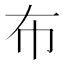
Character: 布